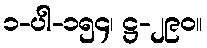
၁-ပါ-၁၅၄၊ ဋ္ဌ-၂၉၀။